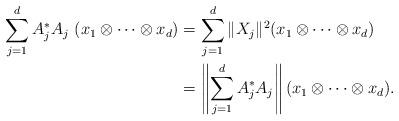
LaTeX: \begin{align*}\sum\limits_{j=1}^d A_{j}^*A_{j}\ (x_1\otimes\cdots\otimes x_d)&=\sum\limits_{j=1}^d \|X_{j}\|^2 (x_1\otimes\cdots\otimes x_d)\\&=\left\|\sum\limits_{j=1}^d A_{j}^*A_{j}\right\| (x_1\otimes\cdots\otimes x_d).\end{align*}